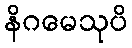
နိဂမေသုပိ